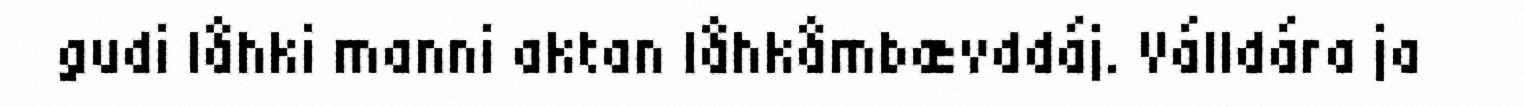
gudi låhki manni aktan låhkåmbævddáj. Válldára ja